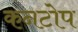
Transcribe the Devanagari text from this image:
कनटोप